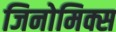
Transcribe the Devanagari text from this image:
जिनोमिक्स